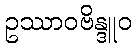
ဥဿာဝဗိန္ဒူဝ